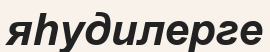
яһудилерге